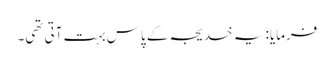
فرمایا: یہ خدیجہ کے پاس بہت آتی تھی۔